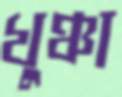
খুঞ্চা